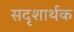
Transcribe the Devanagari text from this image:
सदृशार्थक